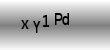
Text: xY1Pd